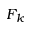
F _ { k }